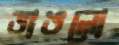
ভাঙলো